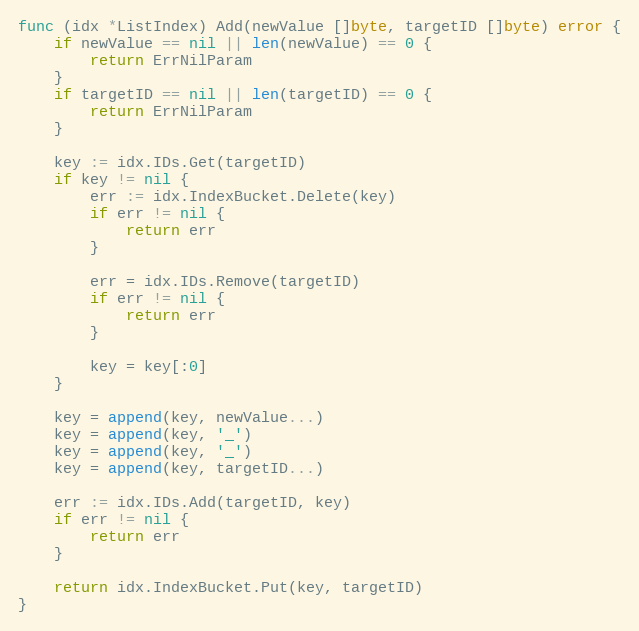
Language: Go
func (idx *ListIndex) Add(newValue []byte, targetID []byte) error {
	if newValue == nil || len(newValue) == 0 {
		return ErrNilParam
	}
	if targetID == nil || len(targetID) == 0 {
		return ErrNilParam
	}

	key := idx.IDs.Get(targetID)
	if key != nil {
		err := idx.IndexBucket.Delete(key)
		if err != nil {
			return err
		}

		err = idx.IDs.Remove(targetID)
		if err != nil {
			return err
		}

		key = key[:0]
	}

	key = append(key, newValue...)
	key = append(key, '_')
	key = append(key, '_')
	key = append(key, targetID...)

	err := idx.IDs.Add(targetID, key)
	if err != nil {
		return err
	}

	return idx.IndexBucket.Put(key, targetID)
}